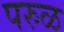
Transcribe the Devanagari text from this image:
परुळ